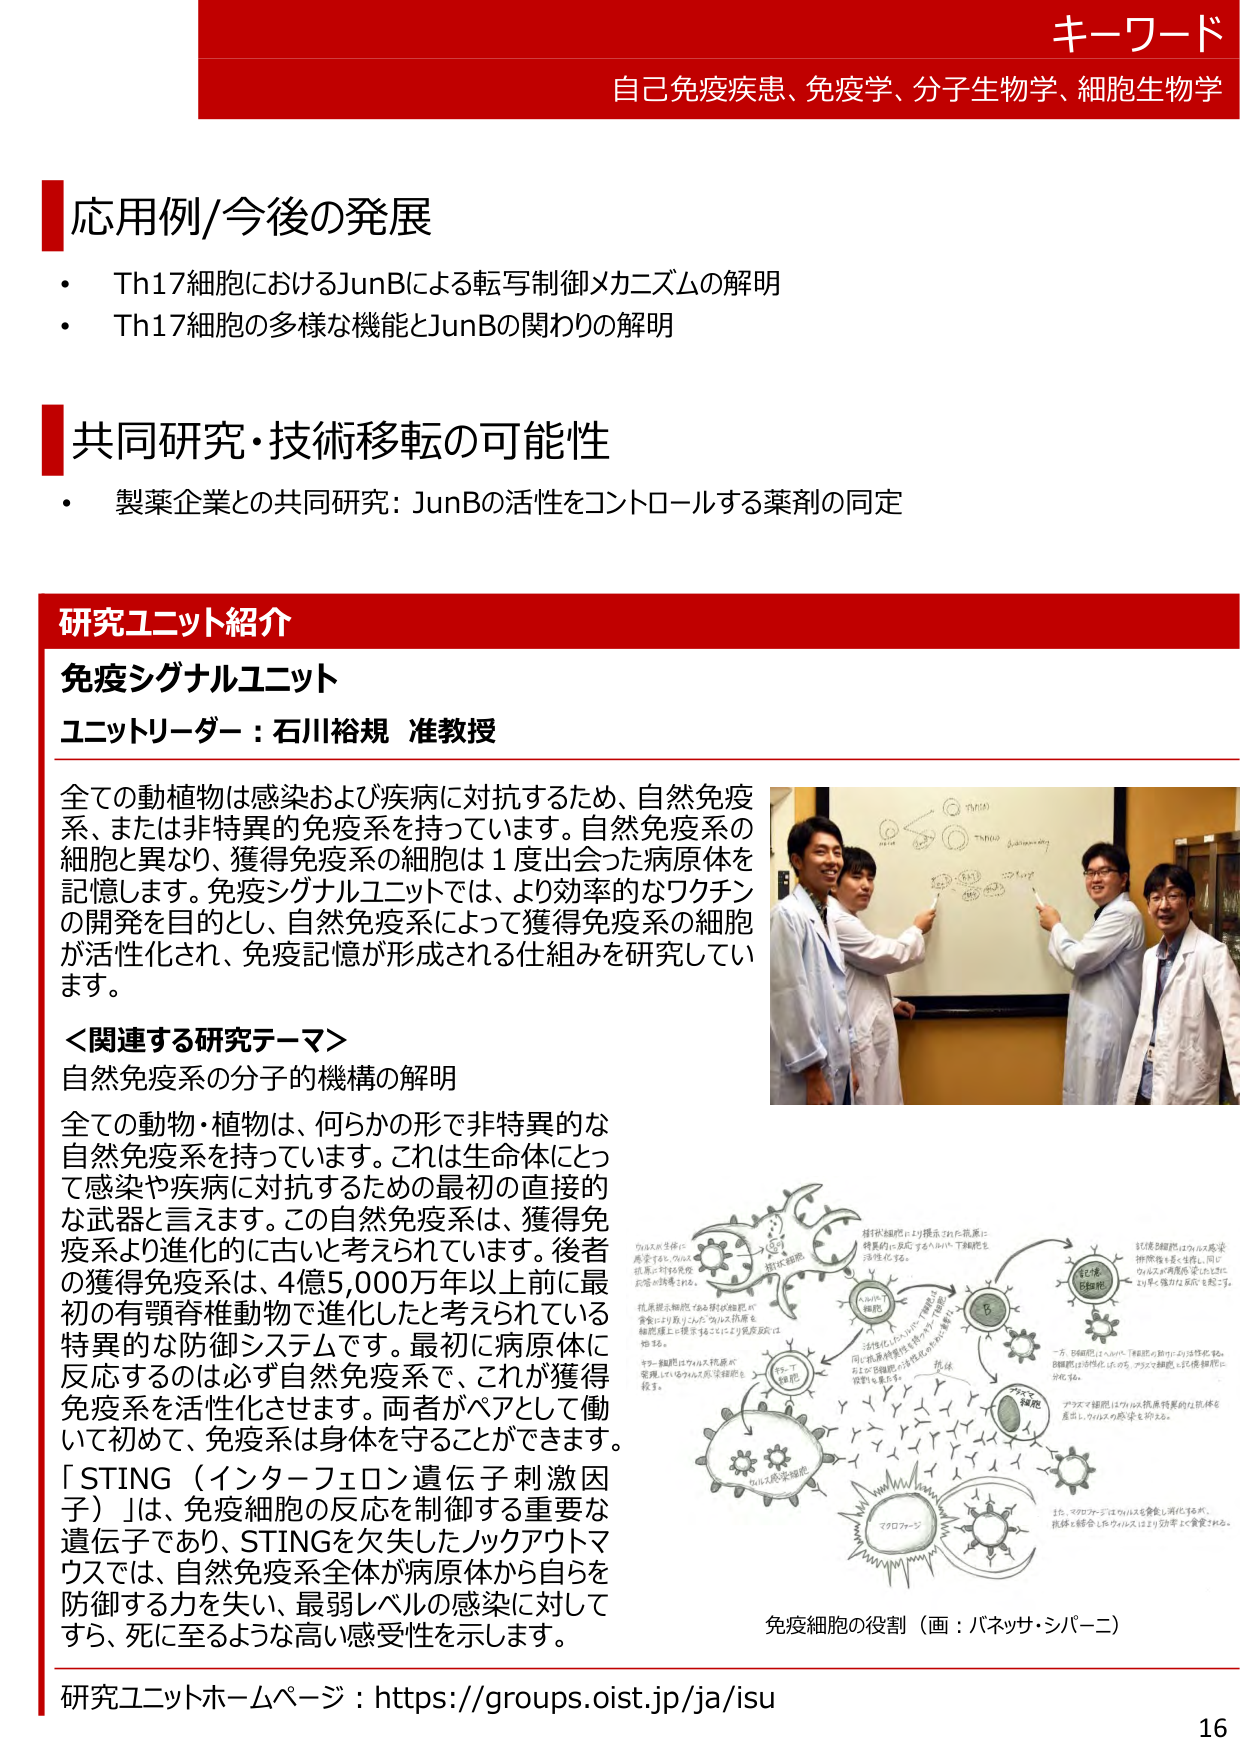
キーワード
自己免疫疾患、免疫学、分子生物学、細胞生物学

応用例/今後の発展
・ Th17細胞におけるJunBによる転写制御メカニズムの解明
・ Th17細胞の多様な機能とJunBの関わりの解明

共同研究・技術移転の可能性
・ 製薬企業との共同研究：JunBの活性をコントロールする薬剤の同定

研究ユニット紹介
免疫シグナルユニット
ユニットリーダー：石川裕規 准教授

全ての動植物は感染および疾病に対抗するため、自然免疫系、または非特異的免疫系を持っています。自然免疫系の細胞と異なり、獲得免疫系の細胞は1度出会った病原体を記憶します。免疫シグナルユニットでは、より効率的なワクチンの開発を目的とし、自然免疫系によって獲得免疫系の細胞が活性化され、免疫記憶が形成される仕組みを研究しています。

＜関連する研究テーマ＞
自然免疫系の分子的機構の解明

全ての動物・植物は、何らかの形で非特異的な自然免疫系を持っています。これは生命体にとって感染や疾病に対抗するための最初の直接的な武器と言えます。この自然免疫系は、獲得免疫系より進化的に古いと考えられています。後者の獲得免疫系は、4億5,000万年以上前に最初の有顎脊椎動物で進化したと考えられている特異的な防御システムです。最初に病原体に反応するのは必ず自然免疫系で、これが獲得免疫系を活性化させます。両者がペアとして働いて初めて、免疫系は身体を守ることができます。

「STING（インターフェロン遺伝子刺激因子）」は、免疫細胞の反応を制御する重要な遺伝子であり、STINGを欠失したノックアウトマウスでは、自然免疫系全体が病原体から自らを防御する力を失い、最弱レベルの感染に対してすら、死に至るような高い感受性を示します。

免疫細胞の役割（画：バネッサ・シバニ）

研究ユニットホームページ：https://groups.oist.jp/ja/isu

16